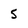
Character: 5